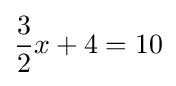
{\frac {3}{2}}x+4=10